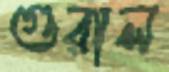
গুরাল